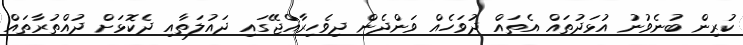
ކުރިން ބުނެވުނު އުޅަދުތައް އެތައް ދުވަހެއް ވަންދެން ދިވެހިރާއްޖޭގައި ދައުލަތާއި ދެކޮޅަށް ދުއްތުރާތައް